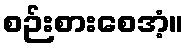
စဉ်းစားစေအံ့။